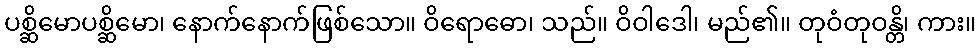
ပစ္ဆိမောပစ္ဆိမော၊ နောက်နောက်ဖြစ်သော။ ဝိရောဓော၊ သည်။ ဝိဝါဒေါ၊ မည်၏။ တုဝံတုဝန္တိ၊ ကား။